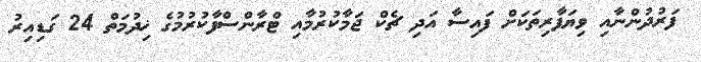
ފަރުދުންނާއި ވިޔަފާރިތަކަށް ފައިސާ އަދި ޗެކް ޖަމާކުރުމާއި ޓްރާންސްފާކުރުމުގެ ޚިދުމަތް 24 ގަޑިއިރު